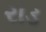
રાડ